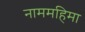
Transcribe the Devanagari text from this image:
नाममहिमा